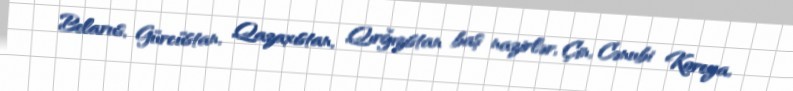
Belarus, Gürcüstan, Qazaxıstan, Qırğızıstan baş nazirlər, Çin, Cənubi Koreya,